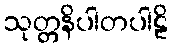
သုတ္တနိပါတပါဠိ